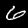
Digit: 6